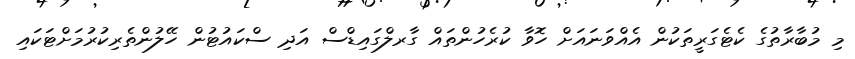
މި މުބާރާތުގެ ކެޓެގަރީތަކުން އެއްވަނައަށް ހޮވާ ކުރެހުންތައް ގާރލްގައިޑްސް އަދި ސްކައުޓުން ހޭލުންތެރިކުރުމަށްޓަކައި